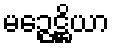
မဉ္ဇေဋ္ဌိယာ